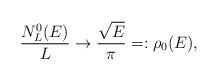
LaTeX: \begin{align*} \frac {N_L^0(E)}{L}\to \frac {\sqrt E}{\pi}=:\rho_0(E), \end{align*}